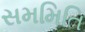
સમમિતિ